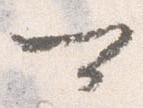
可